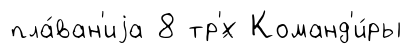
пла́ван'иjа 8 тр'́х Команд'и́ры